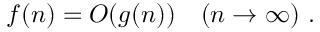
f ( n ) = O ( g ( n ) ) \quad ( n \rightarrow \infty ) ~ .